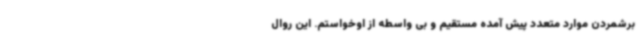
برشمردن موارد متعدد پیش آمده مستقیم و بی واسطه از اوخواستم. این روال